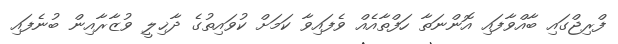
ފްރިޖްގައި ބާއްވާފައި އޮންނަތާ ހަފްތާއެއް ވެފައިވާ ކަމަށް ކުވައިތުގެ ދާޚިލީ ވުޒާރާއިން ބުނެފައި